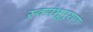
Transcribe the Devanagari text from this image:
स्वयंभूपुराण